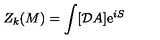
Z _ { k } ( M ) = \int [ { \cal D } A ] \mathrm { e } ^ { i S }